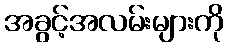
အခွင့်အလမ်းများကို